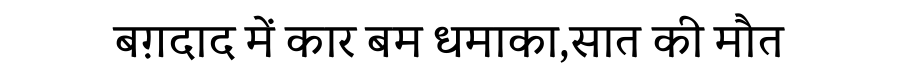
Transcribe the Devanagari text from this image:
बग़दाद में कार बम धमाका,सात की मौत